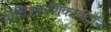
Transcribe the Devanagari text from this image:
विचित्रकर्णिकावदान